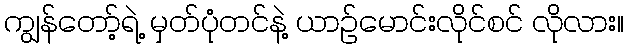
ကျွန်တော့်ရဲ့ မှတ်ပုံတင်နဲ့ ယာဉ်မောင်းလိုင်စင် လိုလား။